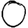
Digit: 0